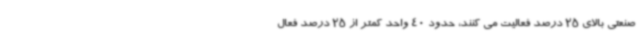
صنعتی بالای 25 درصد فعالیت می کنند، حدود 40 واحد کمتر از 25 درصد فعال